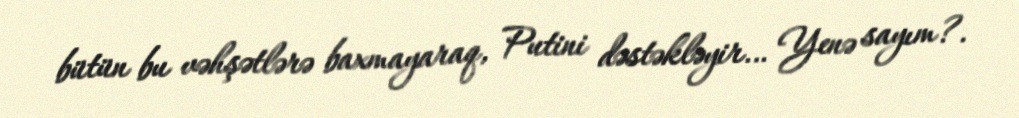
bütün bu vəhşətlərə baxmayaraq, Putini dəstəkləyir… Yenə sayım?.